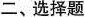
二、选择题